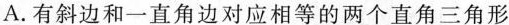
A.有斜边和一直角边对应相等的两个直角三角形